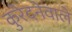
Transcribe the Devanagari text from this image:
कुरेदनेवाले